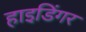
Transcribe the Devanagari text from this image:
हाइडिंगर